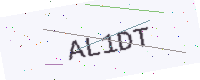
Text: AL1DT